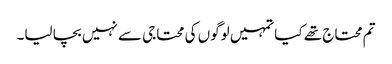
تم محتاج تھے کیا تمہیں لوگوں کی محتاجی سے نہیں بچا لیا۔